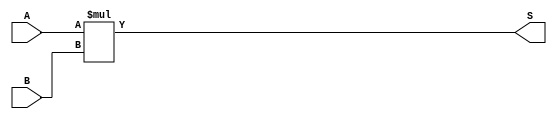
`timescale 1ns / 1ps
//////////////////////////////////////////////////////////////////////////////////
// Company: 
// Engineer: 
// 
// Design Name: 
// Module Name: Multiplication
// Project Name: 
// Target Devices: 
// Tool Versions: 
// Description: 
// 
// Dependencies: 
// 
// Revision:
// Revision 0.01 - File Created
// Additional Comments:
// 
//////////////////////////////////////////////////////////////////////////////////


module Multiplication(
input [6:0] A,B,
output [13:0] S
    );
assign S=A*B;
endmodule